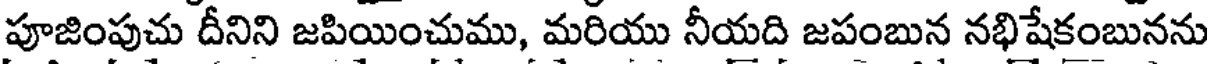
పూజింపుచు దీనిని జపియించుము, మరియు నీయది జపంబున నభిషేకంబునను